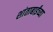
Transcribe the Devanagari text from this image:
शांताबाईंच्या